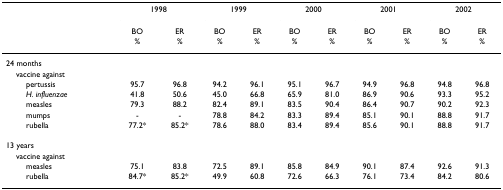
|  | <COLSPAN=2> 1998 | <COLSPAN=2> 1999 | <COLSPAN=2> 2000 | <COLSPAN=2> 2001 | <COLSPAN=2> 2002 |
 |  | BO | ER | BO | ER | BO | ER | BO | ER | BO | ER |
 |  | % | % | % | % | % | % | % | % | % | % |
 | --- | --- | --- | --- | --- | --- | --- | --- | --- | --- | --- |
 | 24 months |  |  |  |  |  |  |  |  |  |  |
 | vaccine against |  |  |  |  |  |  |  |  |  |  |
 | pertussis | 95.7 | 96.8 | 94.2 | 96.1 | 95.1 | 96.7 | 94.9 | 96.8 | 94.8 | 96.8 |
 | H. influenzae | 41.8 | 50.6 | 45.0 | 66.8 | 65.9 | 81.0 | 86.9 | 90.6 | 93.3 | 95.2 |
 | measles | 79.3 | 88.2 | 82.4 | 89.1 | 83.5 | 90.4 | 86.4 | 90.7 | 90.2 | 92.3 |
 | mumps | - | - | 78.8 | 84.2 | 83.3 | 89.4 | 85.1 | 90.1 | 88.8 | 91.7 |
 | rubella | 77.2* | 85.2* | 78.6 | 88.0 | 83.4 | 89.4 | 85.6 | 90.1 | 88.8 | 91.7 |
 | 13 years |  |  |  |  |  |  |  |  |  |  |
 | vaccine against |  |  |  |  |  |  |  |  |  |  |
 | measles | 75.1 | 83.8 | 72.5 | 89.1 | 85.8 | 84.9 | 90.1 | 87.4 | 92.6 | 91.3 |
 | rubella | 84.7* | 85.2* | 49.9 | 60.8 | 72.6 | 66.3 | 76.1 | 73.4 | 84.2 | 80.6 |